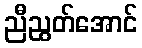
ညီညွတ်အောင်